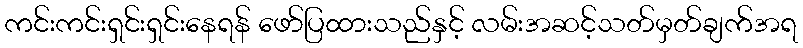
ကင်းကင်းရှင်းရှင်းနေရန် ဖော်ပြထားသည်နှင့် လမ်းအဆင့်သတ်မှတ်ချက်အရ